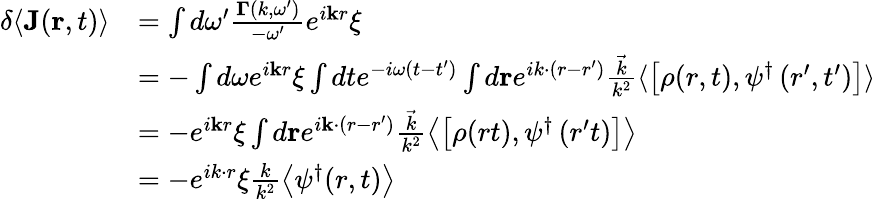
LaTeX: \begin{array}{rl}{\delta\langle\mathbf{J}(\mathbf{r},t)\rangle}&{=\int d\omega^{\prime}\frac{\mathbf{\Gamma}\left(k,\omega^{\prime}\right)}{-\omega^{\prime}}e^{i\mathbf{k}r}\xi}\\ &{=-\int d\omega e^{i\mathbf{k}r}\xi\int dte^{-i\omega\left(t-t^{\prime}\right)}\int d\mathbf{r}e^{ik\cdot(r-r^{\prime})}\frac{\vec{k}}{k^{2}}\langle\left[\rho(r,t),\psi^{\dagger}\left(r^{\prime},t^{\prime}\right)\right]\rangle}\\ &{=-e^{i\mathbf{k}r}\xi\int d\mathbf{r}e^{i\mathbf{k}\cdot\left(r-r^{\prime}\right)}\frac{\vec{k}}{k^{2}}\left\langle\left[\rho(rt),\psi^{\dagger}\left(r^{\prime}t\right)\right]\right\rangle}\\ &{=-e^{ik\cdot r}\xi\frac{k}{k^{2}}\left\langle\psi^{\dagger}(r,t)\right\rangle}\end{array}